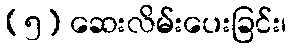
(၅) ဆေးလိမ်းပေးခြင်း၊